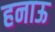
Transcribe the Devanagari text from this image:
हनाऊ